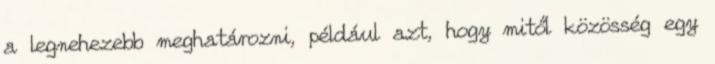
a legnehezebb meghatározni, például azt, hogy mitől közösség egy